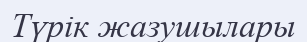
Түрік жазушылары